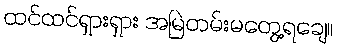
ထင်ထင်ရှားရှား အမြဲတမ်းမတွေ့ရချေ။